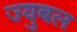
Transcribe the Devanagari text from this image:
ज्युबल